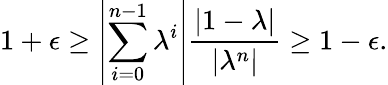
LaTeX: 1+\epsilon\ge\left|\sum_{i=0}^{n-1}\lambda^{i}\right|\frac{|1-\lambda|}{|\lambda^{n}|}\ge 1-\epsilon.